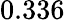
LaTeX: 0.336